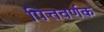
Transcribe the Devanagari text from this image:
पित्तवर्णक